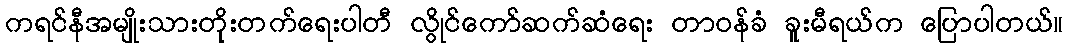
ကရင်နီအမျိုးသားတိုးတက်ရေးပါတီ လွိုင်ကော်ဆက်ဆံရေး တာဝန်ခံ ခူးမီရယ်က ပြောပါတယ်။